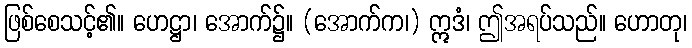
ဖြစ်စေသင့်၏။ ဟေဋ္ဌာ၊ အောက်၌။ (အောက်က၊) ဣဒံ၊ ဤအရပ်သည်။ ဟောတု၊